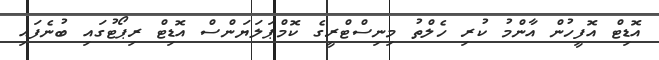
އޮޑިޓް އޮފީހުން އާންމު ކުރި ހެލްތު މިނިސްޓްރީގެ ކޮމްޕަލަޔަންސް އޮޑިޓް ރިޕޯޓުގައި ބުނެފައި